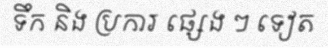
ទឹក និង ប្រការ ផ្សេង ៗ ទៀត